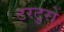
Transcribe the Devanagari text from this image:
टरटुरो